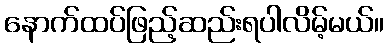
နောက်ထပ်ဖြည့်ဆည်းရပါလိမ့်မယ်။